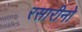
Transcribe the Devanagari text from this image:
रसारीनो